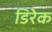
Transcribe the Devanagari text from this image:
डिरेक